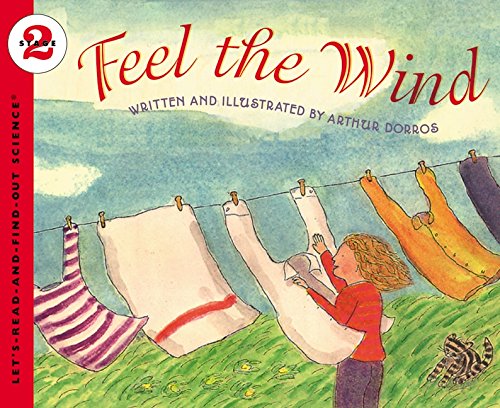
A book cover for Feel the Wind (Let's-Read-and-Find-Out Science 2); Arthur Dorros; Children's Books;